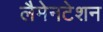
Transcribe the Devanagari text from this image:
लैमेनटेशन